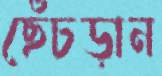
ছেঁচড়ান